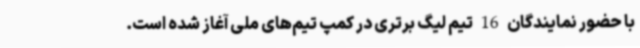
با حضور نمایندگان 16 تیم لیگ برتری در کمپ تیم‌های ملی آغاز شده است.